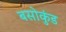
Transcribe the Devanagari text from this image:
बसोकुंड